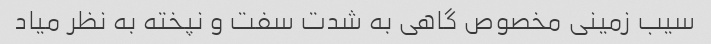
سیب زمینی مخصوص گاهی به شدت سفت و نپخته به نظر میاد